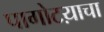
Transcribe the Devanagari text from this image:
पागोटय़ाचा